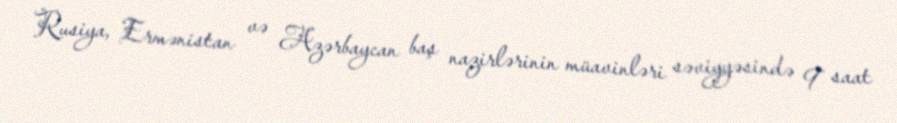
Rusiya, Ermənistan və Azərbaycan baş nazirlərinin müavinləri səviyyəsində 9 saat